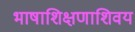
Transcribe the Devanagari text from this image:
भाषाशिक्षणाशिवय